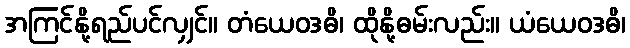
အကြင်နို့ရည်ပင်လျှင်။ တံယေဝဒဓိ၊ ထိုနို့ဓမ်းလည်း။ ယံယေဝဒဓိ၊